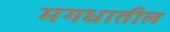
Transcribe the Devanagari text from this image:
मगधातील